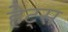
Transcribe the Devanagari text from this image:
हेट्स